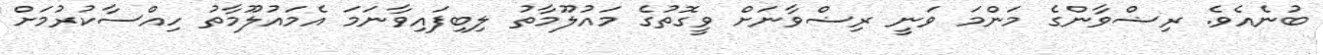
ބުނެއެވެ. ރިޟްވާންގެ މަންމަ ވަނީ ރިޟްވާނަށް ވީގޮތުގެ މައުލޫމާތު ލިބިފައިވާނަމަ އެމައުލޫމާތު ހިއްސާކުރުމަށް